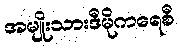
အမျိုးသားဒီမိုကရေစီ